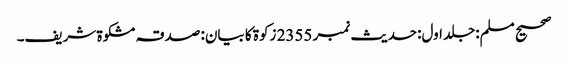
صحیح مسلم:جلد اول:حدیث نمبر 2355 زکوة کا بیان: صدقہ مشکوة شریف۔